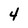
Character: 4